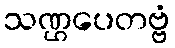
သဏ္ဌပေတဗ္ဗံ